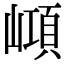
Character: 𡼔